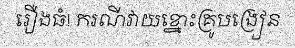
រឿងធំ! ករណីវាយខ្នោះគ្រូបង្រៀន